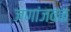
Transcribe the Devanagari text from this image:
जणांजवळ